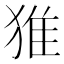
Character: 猚